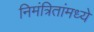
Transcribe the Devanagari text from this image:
निमंत्रितांमध्ये